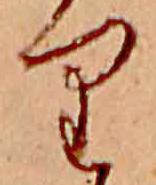
り